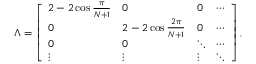
\Lambda = \left[ \begin{array} { l l l l } { 2 - 2 \cos \frac { \pi } { N + 1 } } & { 0 } & { 0 } & { \cdots } \\ { 0 } & { 2 - 2 \cos \frac { 2 \pi } { N + 1 } } & { 0 } & { \cdots } \\ { 0 } & { 0 } & { \ddots } & { \cdots } \\ { \vdots } & { \vdots } & { \vdots } & { \ddots } \end{array} \right] ,